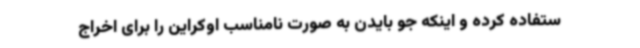
ستفاده کرده و اینکه جو بایدن به صورت نامناسب اوکراین را برای اخراج